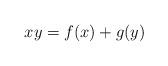
LaTeX: \begin{align*} xy = f(x) + g(y)\end{align*}